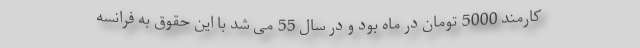
کارمند 5000 تومان در ماه بود و در سال 55 می شد با این حقوق به فرانسه